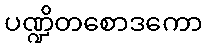
ပဏ္ဍိတစောဒကော